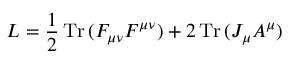
{ \cal L } = { \frac { 1 } { 2 } } \, \mathrm { T r } \, ( F _ { \mu \nu } F ^ { \mu \nu } ) + 2 \, \mathrm { T r } \, ( J _ { \mu } A ^ { \mu } )